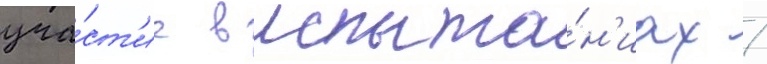
уча́ст'ие в испыта́н'иах /